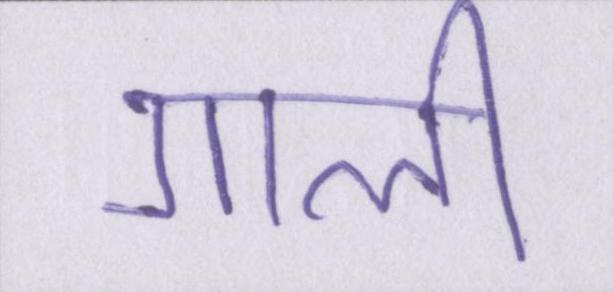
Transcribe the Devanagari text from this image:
गाली